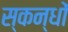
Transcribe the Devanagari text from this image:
स्कन्धों